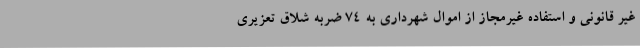
غیر قانونی و استفاده غیرمجاز از اموال شهرداری به ۷۴ ضربه شلاق تعزیری